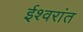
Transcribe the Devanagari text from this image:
ईश्वरांत